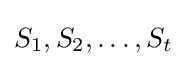
S_{1},S_{2},\dots ,S_{t}